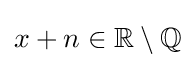
x+n\in \mathbb {R} \setminus \mathbb {Q}